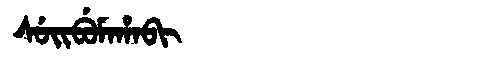
Manchu: ᠰᡠᡳᠪᡠᠮᠠᡥᠠᠪᡳ
Romanization: SUIBUMAHABI